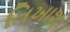
તિખાશ